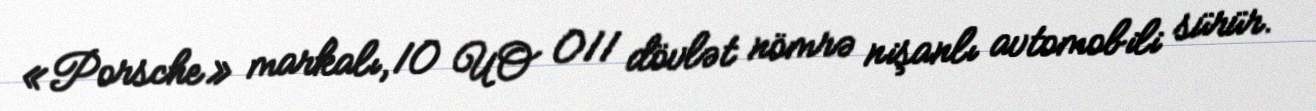
«Porsche» markalı, 10 UO 011 dövlət nömrə nişanlı avtomobili sürür.